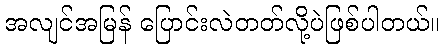
အလျင်အမြန် ပြောင်းလဲတတ်လို့ပဲဖြစ်ပါတယ်။